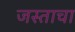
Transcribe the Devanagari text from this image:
जस्ताचा